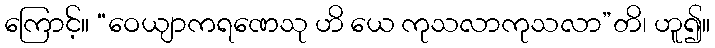
ကြောင့်။ “ဝေယျာကရဏေသု ဟိ ယေ ကုသလာကုသလာ”တိ၊ ဟူ၍။